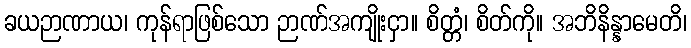
ခယဉာဏာယ၊ ကုန်ရာဖြစ်သော ဉာဏ်အကျိုးငှာ။ စိတ္တံ၊ စိတ်ကို။ အဘိနိန္နာမေတိ၊